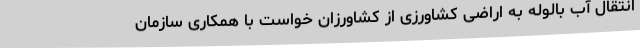
انتقال آب بالوله به اراضی کشاورزی از کشاورزان خواست با همکاری سازمان